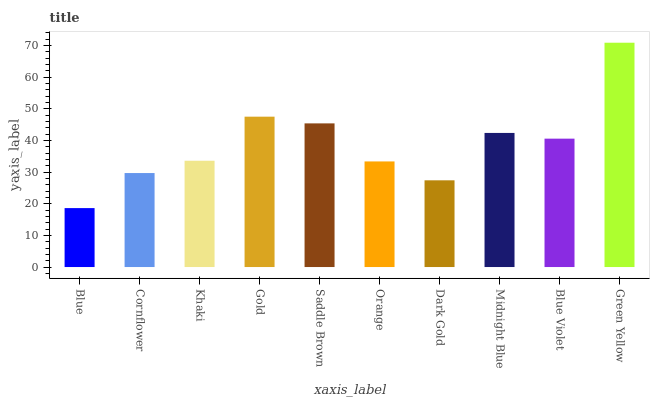
| xaxis_label | bars |
 | --- | --- |
 | Blue | 18.6 |
 | Cornflower | 29.7 |
 | Khaki | 33.6 |
 | Gold | 47.5 |
 | Saddle Brown | 45.4 |
 | Orange | 33.4 |
 | Dark Gold | 27.4 |
 | Midnight Blue | 42.4 |
 | Blue Violet | 40.5 |
 | Green Yellow | 70.8 |